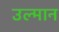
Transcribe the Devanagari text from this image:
उल्मान